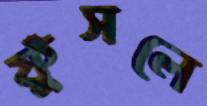
ফুঁসলে